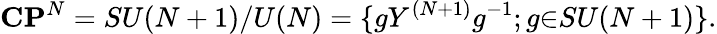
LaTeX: {\mathbf C}{\mathbf P}^{N}=SU(N+1)/{U(N)}=\{ gY^{(N+1)}g^{-1};g{\in}SU(N+1)\} .